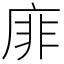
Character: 䨾